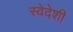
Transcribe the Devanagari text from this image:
स्वेदेशी